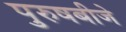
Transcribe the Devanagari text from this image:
पुरुषबीजे